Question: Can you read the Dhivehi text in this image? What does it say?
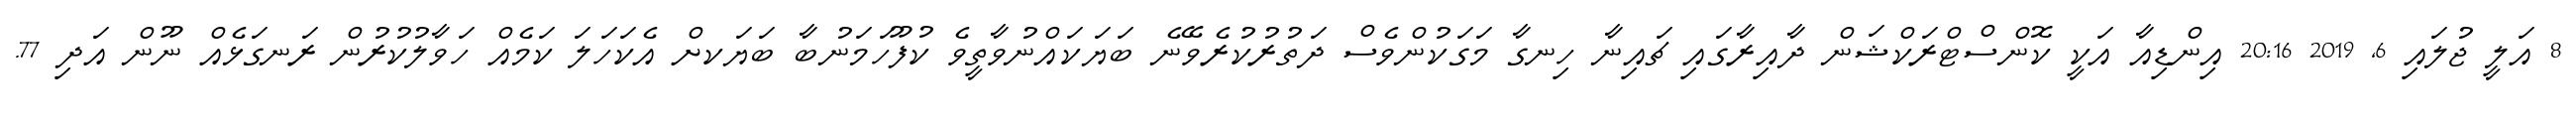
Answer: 8 އަލީ ޖުލައި 6, 2019 20:16 އިންޑިއާ އަކީ ކޮންސްޓްރަކްޝަން ދާއިރާގައި ޗައިނާ ހިނގާ މަގަކުންވެސް ދަތުރުކުރެވޭނެ ބަޔަކައްނުވާތީވެ ކުފޫހަމަނުބާ ބަޔަކށް އެކަހަލަ ކަމެއް ހަވާލުކުރުން ރަނގަޅެއް ނޫން އަދި 77.